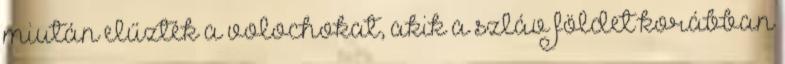
miután elűzték a volochokat, akik a szláv földet korábban